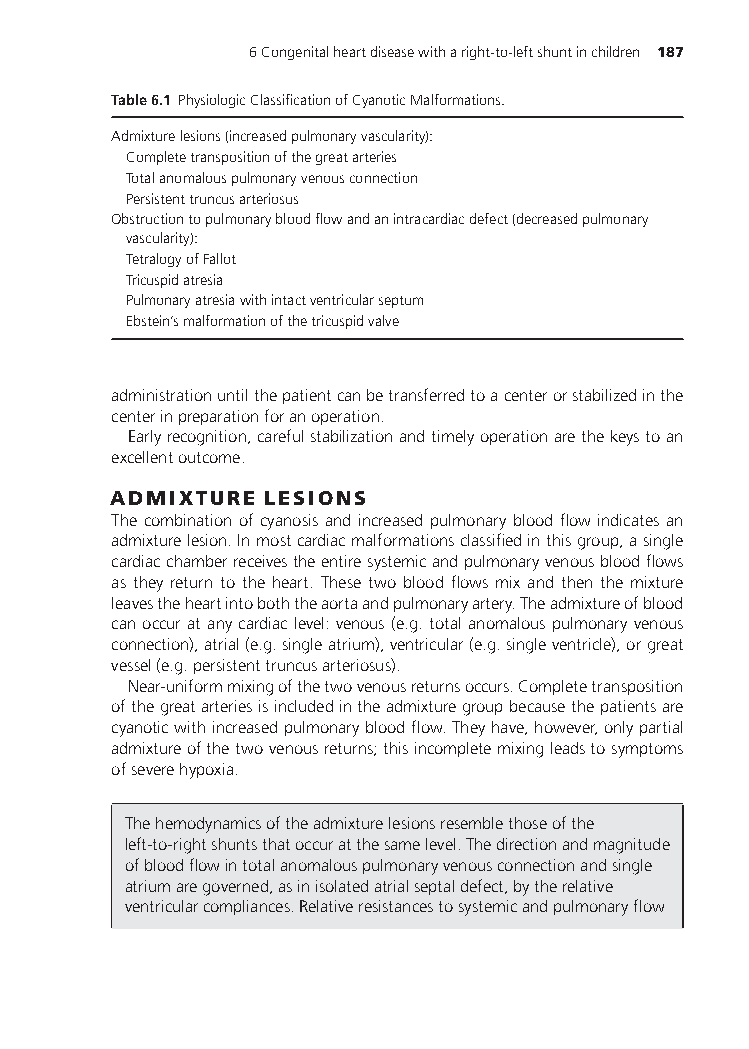
6Congenitalheartdiseasewitharight-to-leftshuntinchildren 187
 Table6.1 PhysiologicClassificationofCyanoticMalformations.
 Admixturelesions(increasedpulmonaryvascularity):
 Completetranspositionofthegreatarteries
 Totalanomalouspulmonaryvenousconnection
 Persistenttruncusarteriosus
 Obstructiontopulmonarybloodflowandanintracardiacdefect(decreasedpulmonary
 vascularity):
 TetralogyofFallot
 Tricuspidatresia
 Pulmonaryatresiawithintactventricularseptum
 Ebstein’smalformationofthetricuspidvalve
 administrationuntilthepatientcanbetransferredtoacenterorstabilizedinthe
 centerinpreparationforanoperation.
 Earlyrecognition,carefulstabilizationandtimelyoperationarethekeystoan
 excellentoutcome.
 ADMIXTURE LESIONS
 The combination of cyanosis and increased pulmonary blood flow indicates an
 admixturelesion.Inmostcardiacmalformationsclassifiedinthisgroup,asingle
 cardiacchamberreceivestheentiresystemicandpulmonaryvenousbloodflows
 as they return to the heart. These two blood flows mix and then the mixture
 leavestheheartintoboththeaortaandpulmonaryartery.Theadmixtureofblood
 canoccuratanycardiaclevel:venous(e.g.totalanomalouspulmonaryvenous
 connection),atrial(e.g.singleatrium),ventricular(e.g.singleventricle),orgreat
 vessel(e.g.persistenttruncusarteriosus).
 Near-uniformmixingofthetwovenousreturnsoccurs.Completetransposition
 ofthegreatarteriesisincludedintheadmixturegroupbecausethepatientsare
 cyanoticwithincreasedpulmonarybloodflow.Theyhave,however,onlypartial
 admixtureofthetwovenousreturns;thisincompletemixingleadstosymptoms
 ofseverehypoxia.
 Thehemodynamicsoftheadmixturelesionsresemblethoseofthe
 left-to-rightshuntsthatoccuratthesamelevel.Thedirectionandmagnitude
 ofbloodflowintotalanomalouspulmonaryvenousconnectionandsingle
 atriumaregoverned,asinisolatedatrialseptaldefect,bytherelative
 ventricularcompliances.Relativeresistancestosystemicandpulmonaryflow